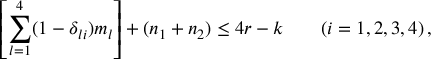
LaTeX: \left[ \sum _ { l = 1 } ^ { 4 } ( 1 - \delta _ { l i } ) m _ { l } \right] + ( n _ { 1 } + n _ { 2 } ) \le 4 r - k \qquad ( i = 1 , 2 , 3 , 4 ) \, ,